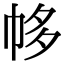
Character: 㡅